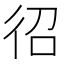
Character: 𭛤